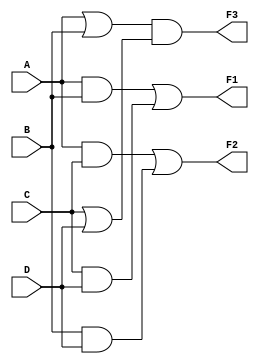
module multi_level_logic (
    input wire A,
    input wire B,
    input wire C,
    input wire D,
    output wire F1,
    output wire F2,
    output wire F3
);

// Intermediate signals to share sub-expressions
wire AB;
wire CD;
wire AC;
wire BC;

// Example simplified logic functions
// Using factoring and shared sub-expressions.
// F1 = A B + C D 
// F2 = A C + B D 
// F3 = (A + B)(C + D) = A C + A D + B C + B D (factored form)

assign AB = A & B;   // A AND B
assign CD = C & D;   // C AND D
assign AC = A & C;   // A AND C
assign BC = B & C;   // B AND C

assign F1 = AB | CD;  // F1 = A*B + C*D
assign F2 = AC | (B & D); // F2 = A*C + B*D
assign F3 = (A | B) & (C | D); // F3 = (A + B)(C + D)

// Optional: Additional outputs or logic simplifications can be added here

endmodule